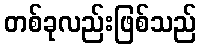
တစ်ခုလည်းဖြစ်သည်